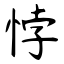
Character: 悖